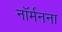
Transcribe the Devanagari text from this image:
नॉर्मनना